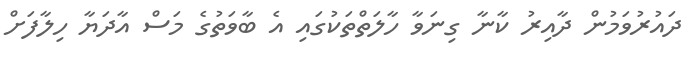
ދައުރުވަމުން ދާއިރު ކާނާ ގިނަވާ ހާލަތްތަކުގައި އެ ބާވަތުގެ މަސް އާދަޔާ ހިލާފަށް